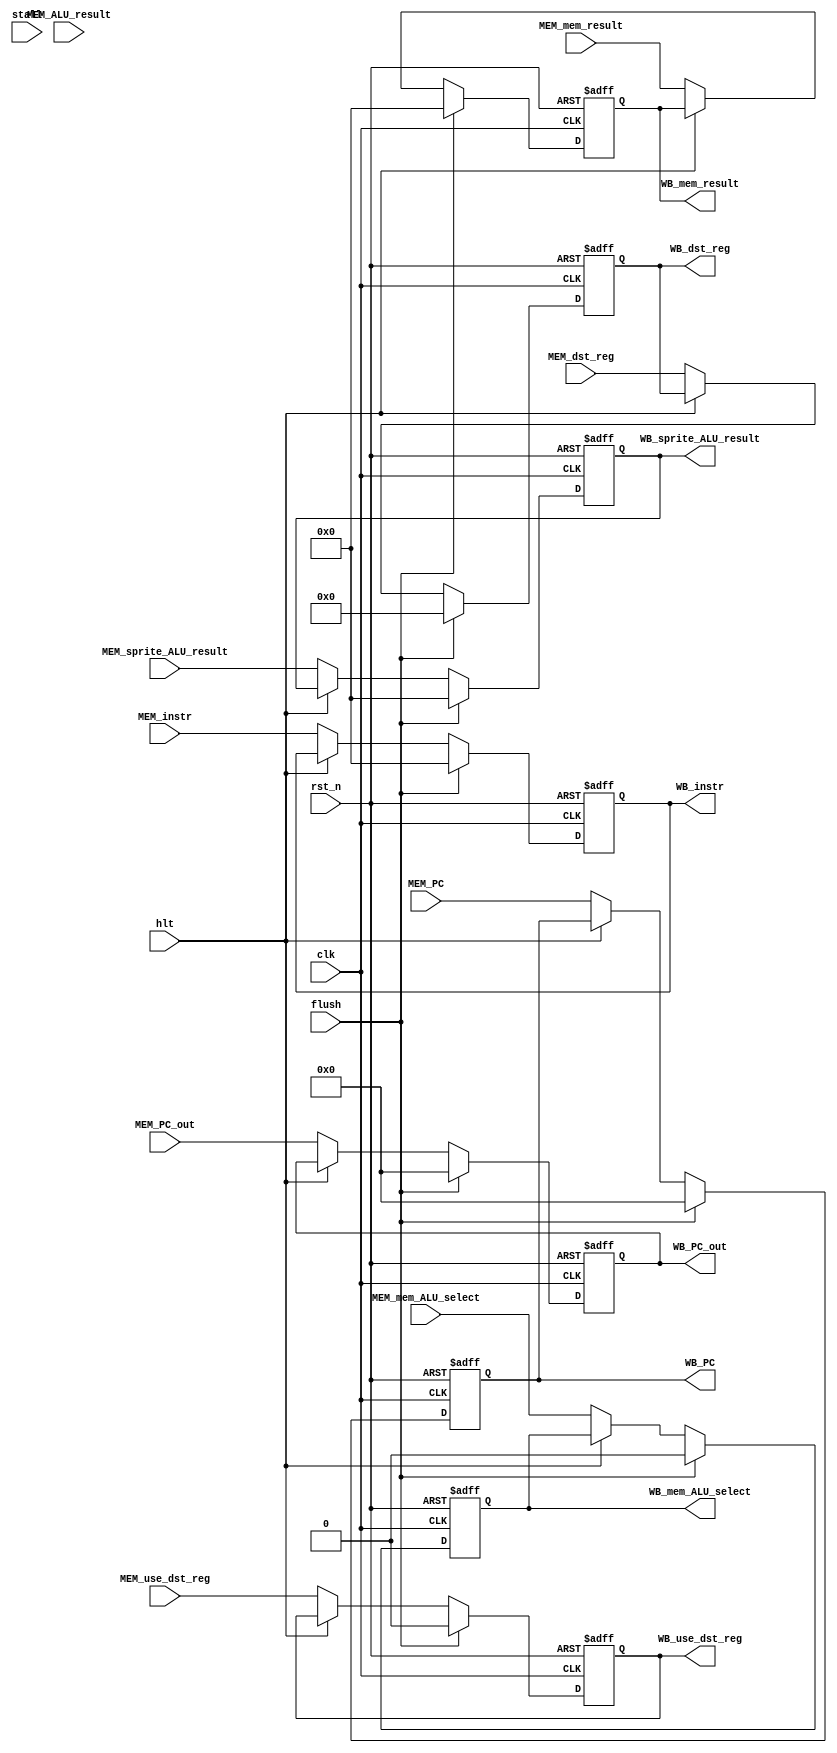
`timescale 1ns / 1ps
module MEM_WB_pipeline_reg(clk, rst_n, hlt, stall, flush, MEM_mem_ALU_select, MEM_PC, MEM_PC_out, MEM_ALU_result, MEM_sprite_ALU_result, MEM_instr, MEM_use_dst_reg, MEM_dst_reg, MEM_mem_result, //Inputs
			   WB_mem_ALU_select, WB_PC, WB_PC_out, WB_mem_result, WB_sprite_ALU_result, WB_instr, WB_use_dst_reg, WB_dst_reg);  //Outputs

input clk, rst_n, stall, flush, hlt;

input MEM_mem_ALU_select, MEM_use_dst_reg;
input [4:0] MEM_dst_reg;
input [21:0] MEM_PC, MEM_PC_out;
input [31:0] MEM_ALU_result, MEM_sprite_ALU_result, MEM_instr, MEM_mem_result; 

output reg[4:0] WB_dst_reg;
output reg WB_mem_ALU_select, WB_use_dst_reg;
output reg[21:0] WB_PC, WB_PC_out;
output reg[31:0] WB_mem_result, WB_sprite_ALU_result, WB_instr; 

always @(posedge clk, negedge rst_n)
	if (!rst_n) begin
		WB_mem_ALU_select <= 0;
		WB_PC <= 0;
		WB_PC_out <= 0;
		WB_mem_result <= 0;
		WB_sprite_ALU_result <= 0;
		WB_instr <= 0;
		WB_use_dst_reg <= 0;
		WB_dst_reg <= 0;
	end
	else if (flush) begin
		WB_mem_ALU_select <= 0;
		WB_PC <= 0;
		WB_PC_out <= 0;
		WB_mem_result <= 0;
		WB_sprite_ALU_result <= 0;
		WB_instr <= 0;
		WB_use_dst_reg <= 0;
		WB_dst_reg <= 0;
	end 
	else if (!hlt) begin
		WB_mem_ALU_select <= MEM_mem_ALU_select;
		WB_PC <= MEM_PC;
		WB_PC_out <= MEM_PC_out;
		WB_mem_result <= MEM_mem_result;
		WB_sprite_ALU_result <= MEM_sprite_ALU_result;
		WB_instr <= MEM_instr;
		WB_use_dst_reg <= MEM_use_dst_reg;
		WB_dst_reg <= MEM_dst_reg;
	end  
	  
endmodule